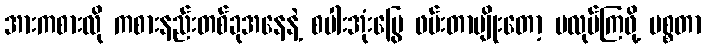
အားကစားလို ကစားနည်းတစ်ခုအနေနဲ့ စပါးအုံးမြွေ ဖမ်းတာမျိုးတော့ မလုပ်ကြဖို့ မစ္စတာ